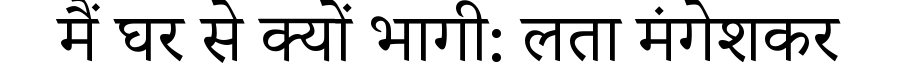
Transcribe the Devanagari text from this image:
मैं घर से क्यों भागी: लता मंगेशकर